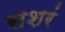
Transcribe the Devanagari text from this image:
सशरं